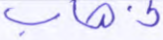
ذهاب